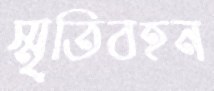
স্মৃতিবহন